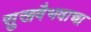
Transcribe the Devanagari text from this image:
सुखवैभवाचा